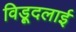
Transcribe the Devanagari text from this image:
विड़ूदलाई